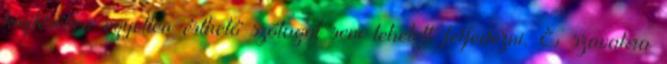
kiejtésében egyetlen érthető szótagot sem lehetett felfedezni. E szavakra